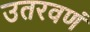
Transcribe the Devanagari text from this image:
उतरवणं